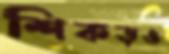
শিকড়ও